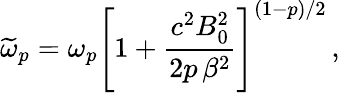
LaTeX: \widetilde{\omega}_{p}=\omega_{p}\left[1+\frac{c^{2}B_{0}^{2}}{2p\, \beta^{2}}\right]^{(1-p)/2}\, ,